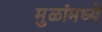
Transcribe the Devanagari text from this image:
मुळांमध्ये